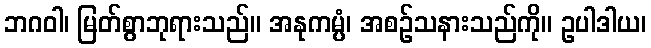
ဘဂဝါ၊ မြတ်စွာဘုရားသည်။ အနုကမ္ပံ၊ အစဉ်သနားသည်ကို။ ဥပါဒါယ၊